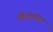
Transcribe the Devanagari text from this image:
तोइवानेन